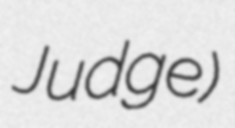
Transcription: Judge)